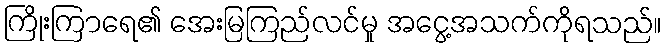
ကြိုးကြာရေ၏ အေးမြကြည်လင်မှု အငွေ့အသက်ကိုရသည်။